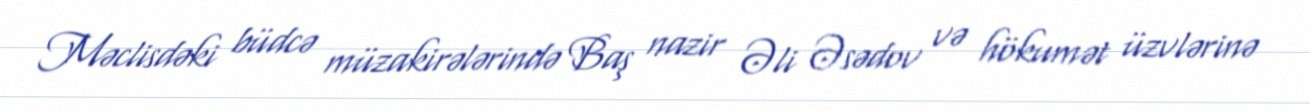
Məclisdəki büdcə müzakirələrində Baş nazir Əli Əsədov və hökumət üzvlərinə